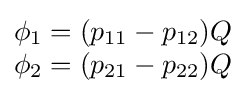
{\begin{matrix}\phi _{1}=(p_{11}-p_{12})Q\\\phi _{2}=(p_{21}-p_{22})Q\end{matrix}}